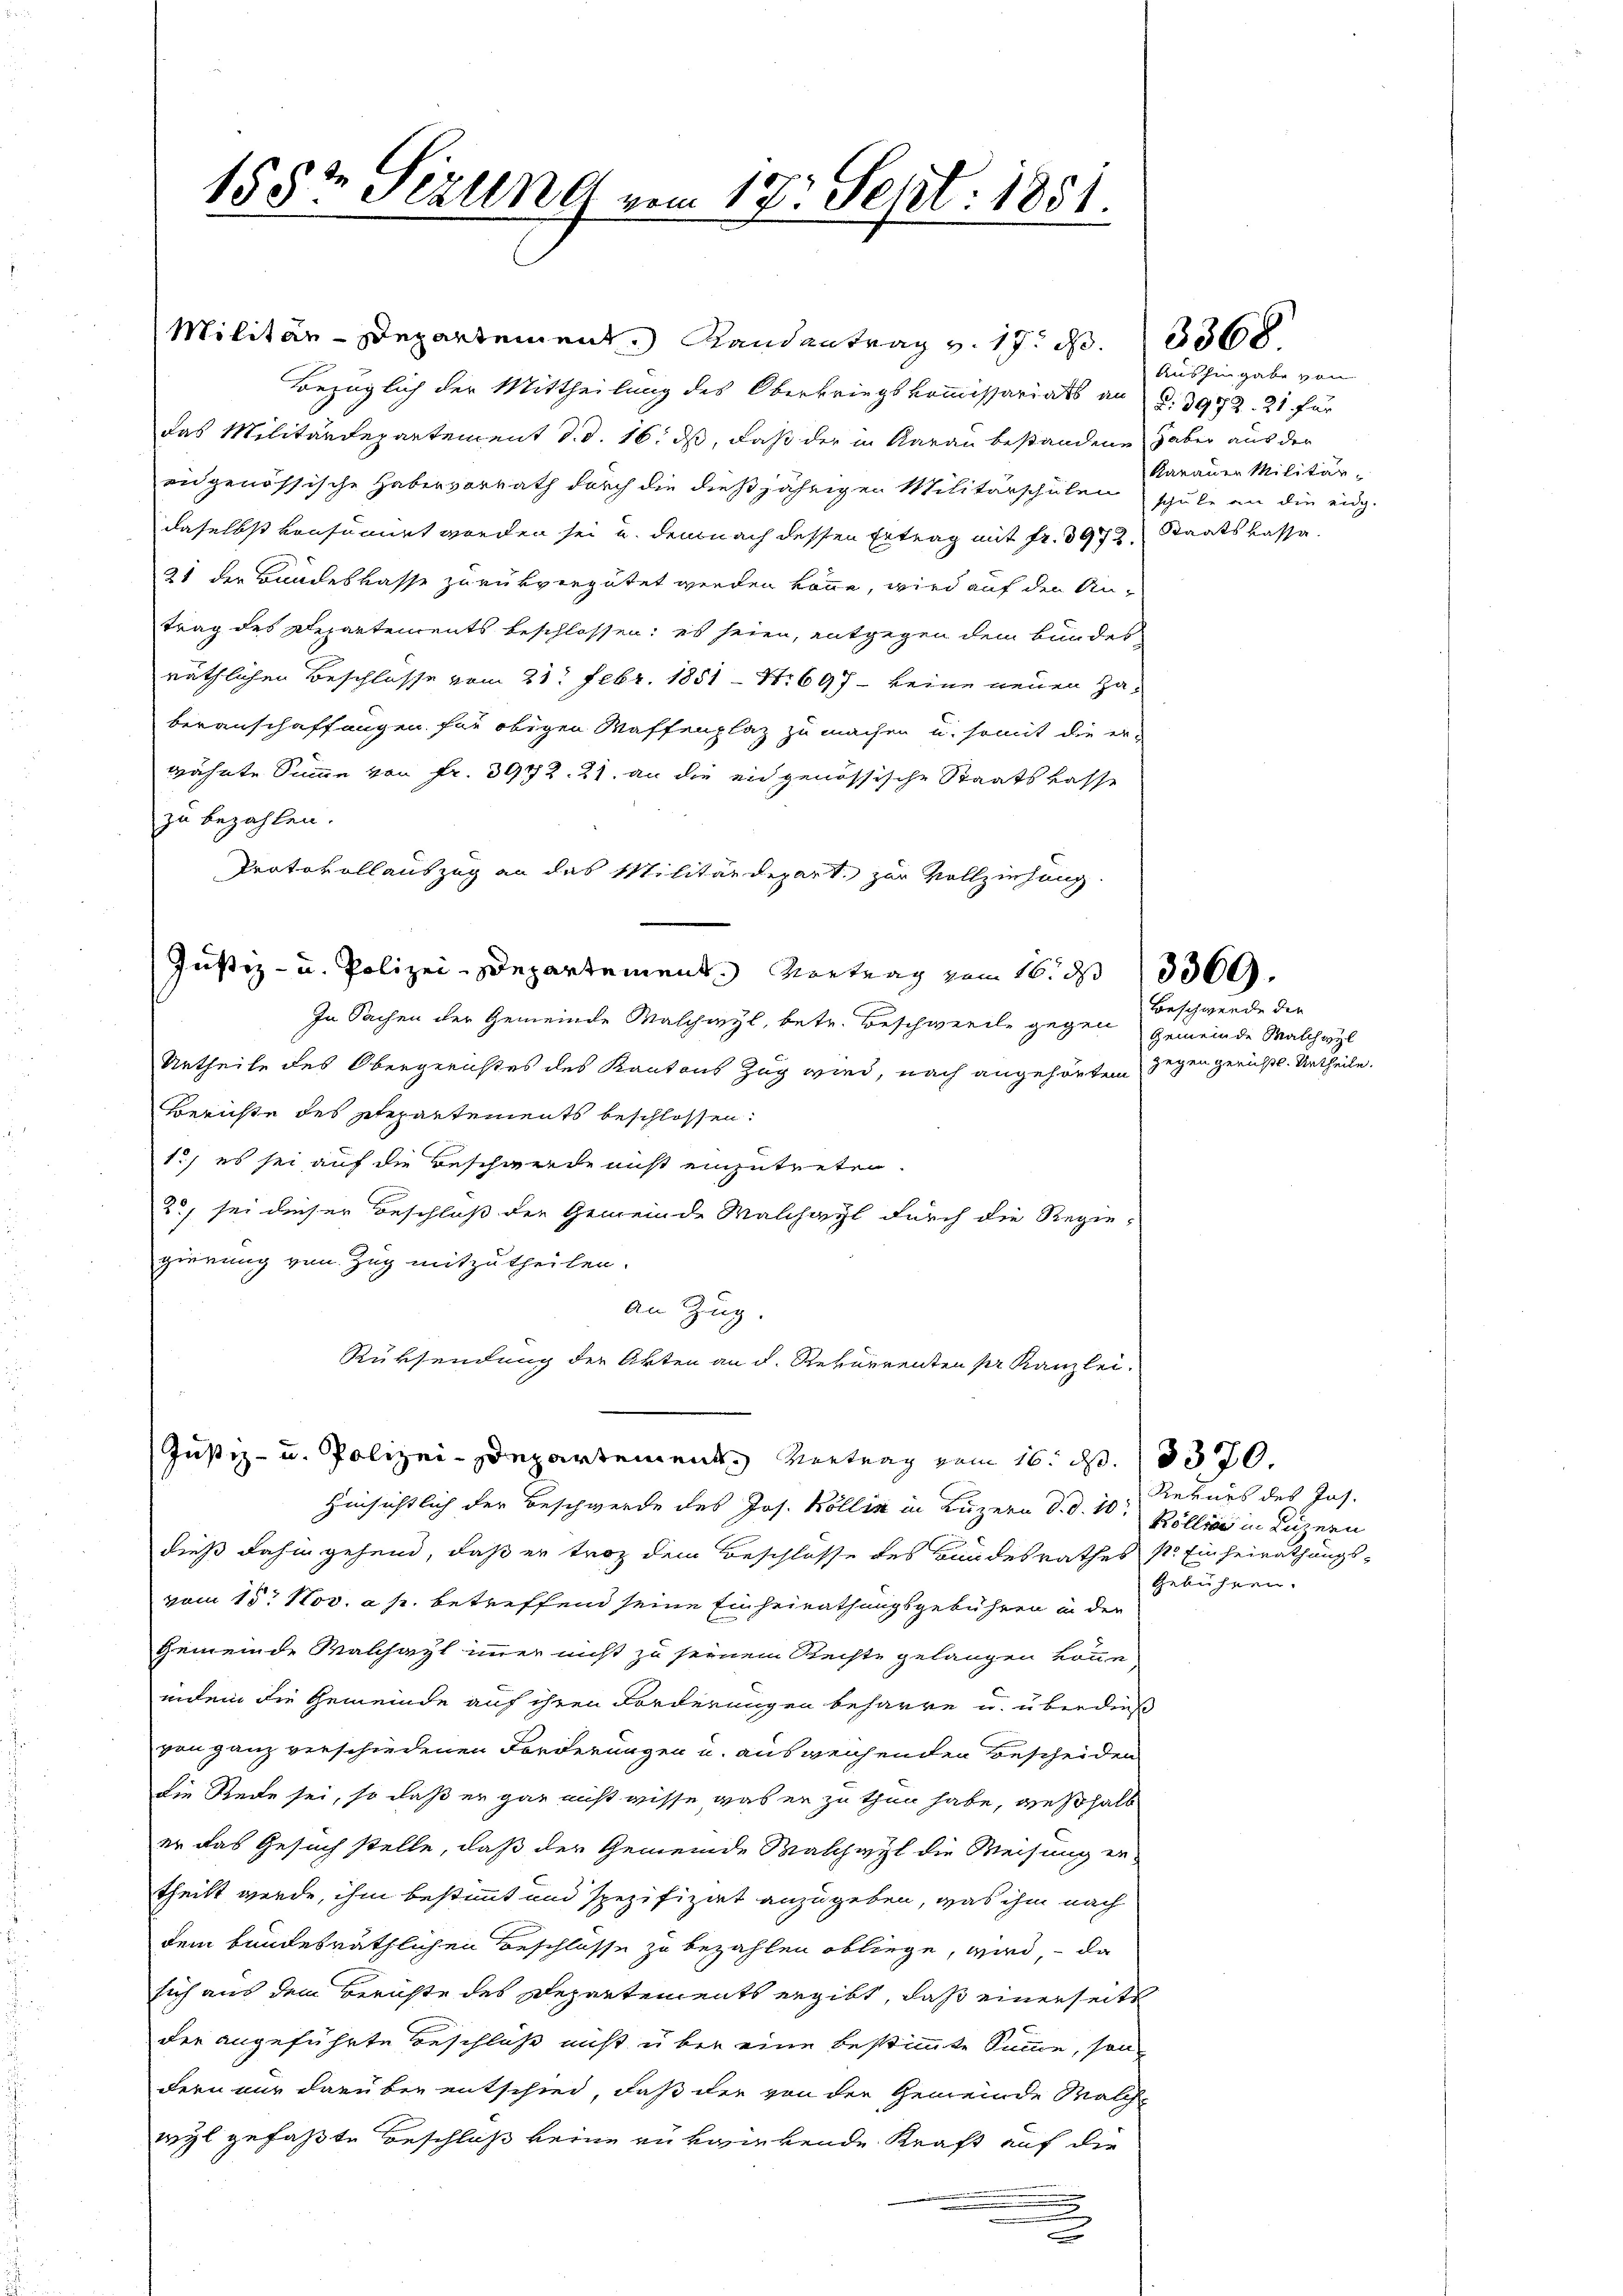
1582 Sizung vom 17. Sept. 1851.

Justiz- u. Polizei-Departement Vertrag vom 16. d. 13370.

Militär-Departement. Randantrag v. 17 S. 336
Bezüglich der Mittheilung des Oberkriegskommissariats an §. 3972. 21. für
das Militärdepartement d. d. 16. ds, daß der in Aarau bestandene haber aus der
eidgenössische Habenvorrath durch die dießjährigen Militärschulen schule an die eidg.
daselbst konsumirt worden sei u. demnach dessen Ertrag mit Fr. 3972. Staatskassa¬
21 der Bundeskasse zurükvergütet werden könne, wird auf den An-
trag des Departements beschlossen; es seien, entgegen dem Bundes-
näthlichen Beschlüsse vom 21. Febr. 1851 - N: 697 - keine neuen Haberauschaffungen für obigen Waffenplaz zu machen u. somit die er-
wähnte Summe von Fr. 3972. 21. an die ein genössische Staatskasse
zu bezahlen.
Protokollauszug an das Militärdepart zur Vollziehung.
Justiz- u. Polizei-Departement. Vortrag vom 16. ds. 3369.
In Sachen der Gemeinde Malchwyl, betr. Beschwerde gegen Gemeinde Walchwyl
Urtheile des Obergerichtes des Kantons Zug wird, nach angehörten gegen gerichts-Urtheile.
Berichte des Stepartements beschlossen:
1./ es sei auf die Beschwerde uns einzutreten.
3) sei dieser Beschluß der Gemeinde Walchayl durch die Regie-
gierung von Zug mitzutheilen.
an Zug.
Rüksendung der Akten an d. Rekurrenten pr Kanzlei.

Aushingabe von
Karauen Militär

Hinsichtlich der Beschwerde des Jos. Köllin in Luzern d. d. 10
dieß dahin gehend, daß er trotz dem Beschlosse des Bundesrathes p. Einheirathungsvom 15. Nov. a. p. betreffend seine Einheirathungsgebühren in der
Gemeinde Malchayl immer nicht zu seinem Rechte gelangen könne
inein die Gemeinde auf ihren Forderungen beharre u. überdieß
von ganz verschiedenen Forderungen u. ausweichenden Bescheiden
die Rede sei, so daß er gar nicht wisse, was er zu thun habe, weßhalb
er das Gesuch stelle, daß der Gemeinde Malchwyl die Weisung er-
theilt werde, ihm bestimmt und spezifizirt anzugeben, was ihm nach
dem bundesräthlichen Beschlüsse zu bezahlen obliege, wird, – da
sich aus dem Berichte des Departements ergibt, daß einerseits
der angeführte Beschluß nicht über eine bestimmte Summe, sondern nur darüber entschied, daß der von der Gemeinde Welche
wyl gefaßte Beschluß keine rükwirkende Kraft auf die
n
.

Beschwerde die

Rekurs des Jos.
Köllis in diesern
gebühren.